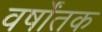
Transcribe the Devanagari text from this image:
वर्षोंतक